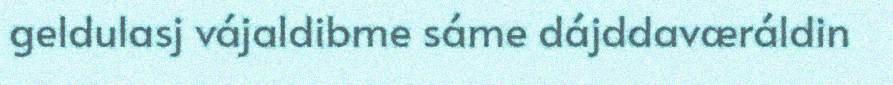
geldulasj vájaldibme sáme dájddaværáldin